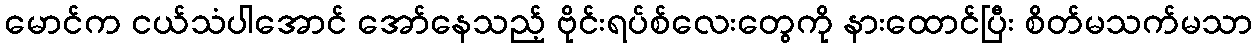
မောင်က ငယ်သံပါအောင် အော်နေသည့် ဗိုင်းရပ်စ်လေးတွေကို နားထောင်ပြီး စိတ်မသက်မသာ